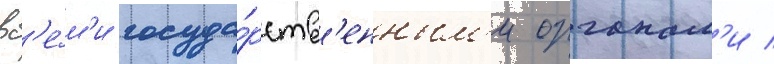
вс'е́м'и госуда́рств'енным'и органам'и /